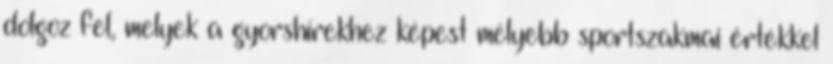
dolgoz fel, melyek a gyorshírekhez képest mélyebb sportszakmai értékkel